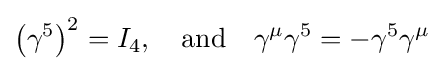
\left(\gamma ^{5}\right)^{2}=I_{4},\quad \mathrm {and} \quad \gamma ^{\mu }\gamma ^{5}=-\gamma ^{5}\gamma ^{\mu }